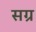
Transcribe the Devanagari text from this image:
सग्र